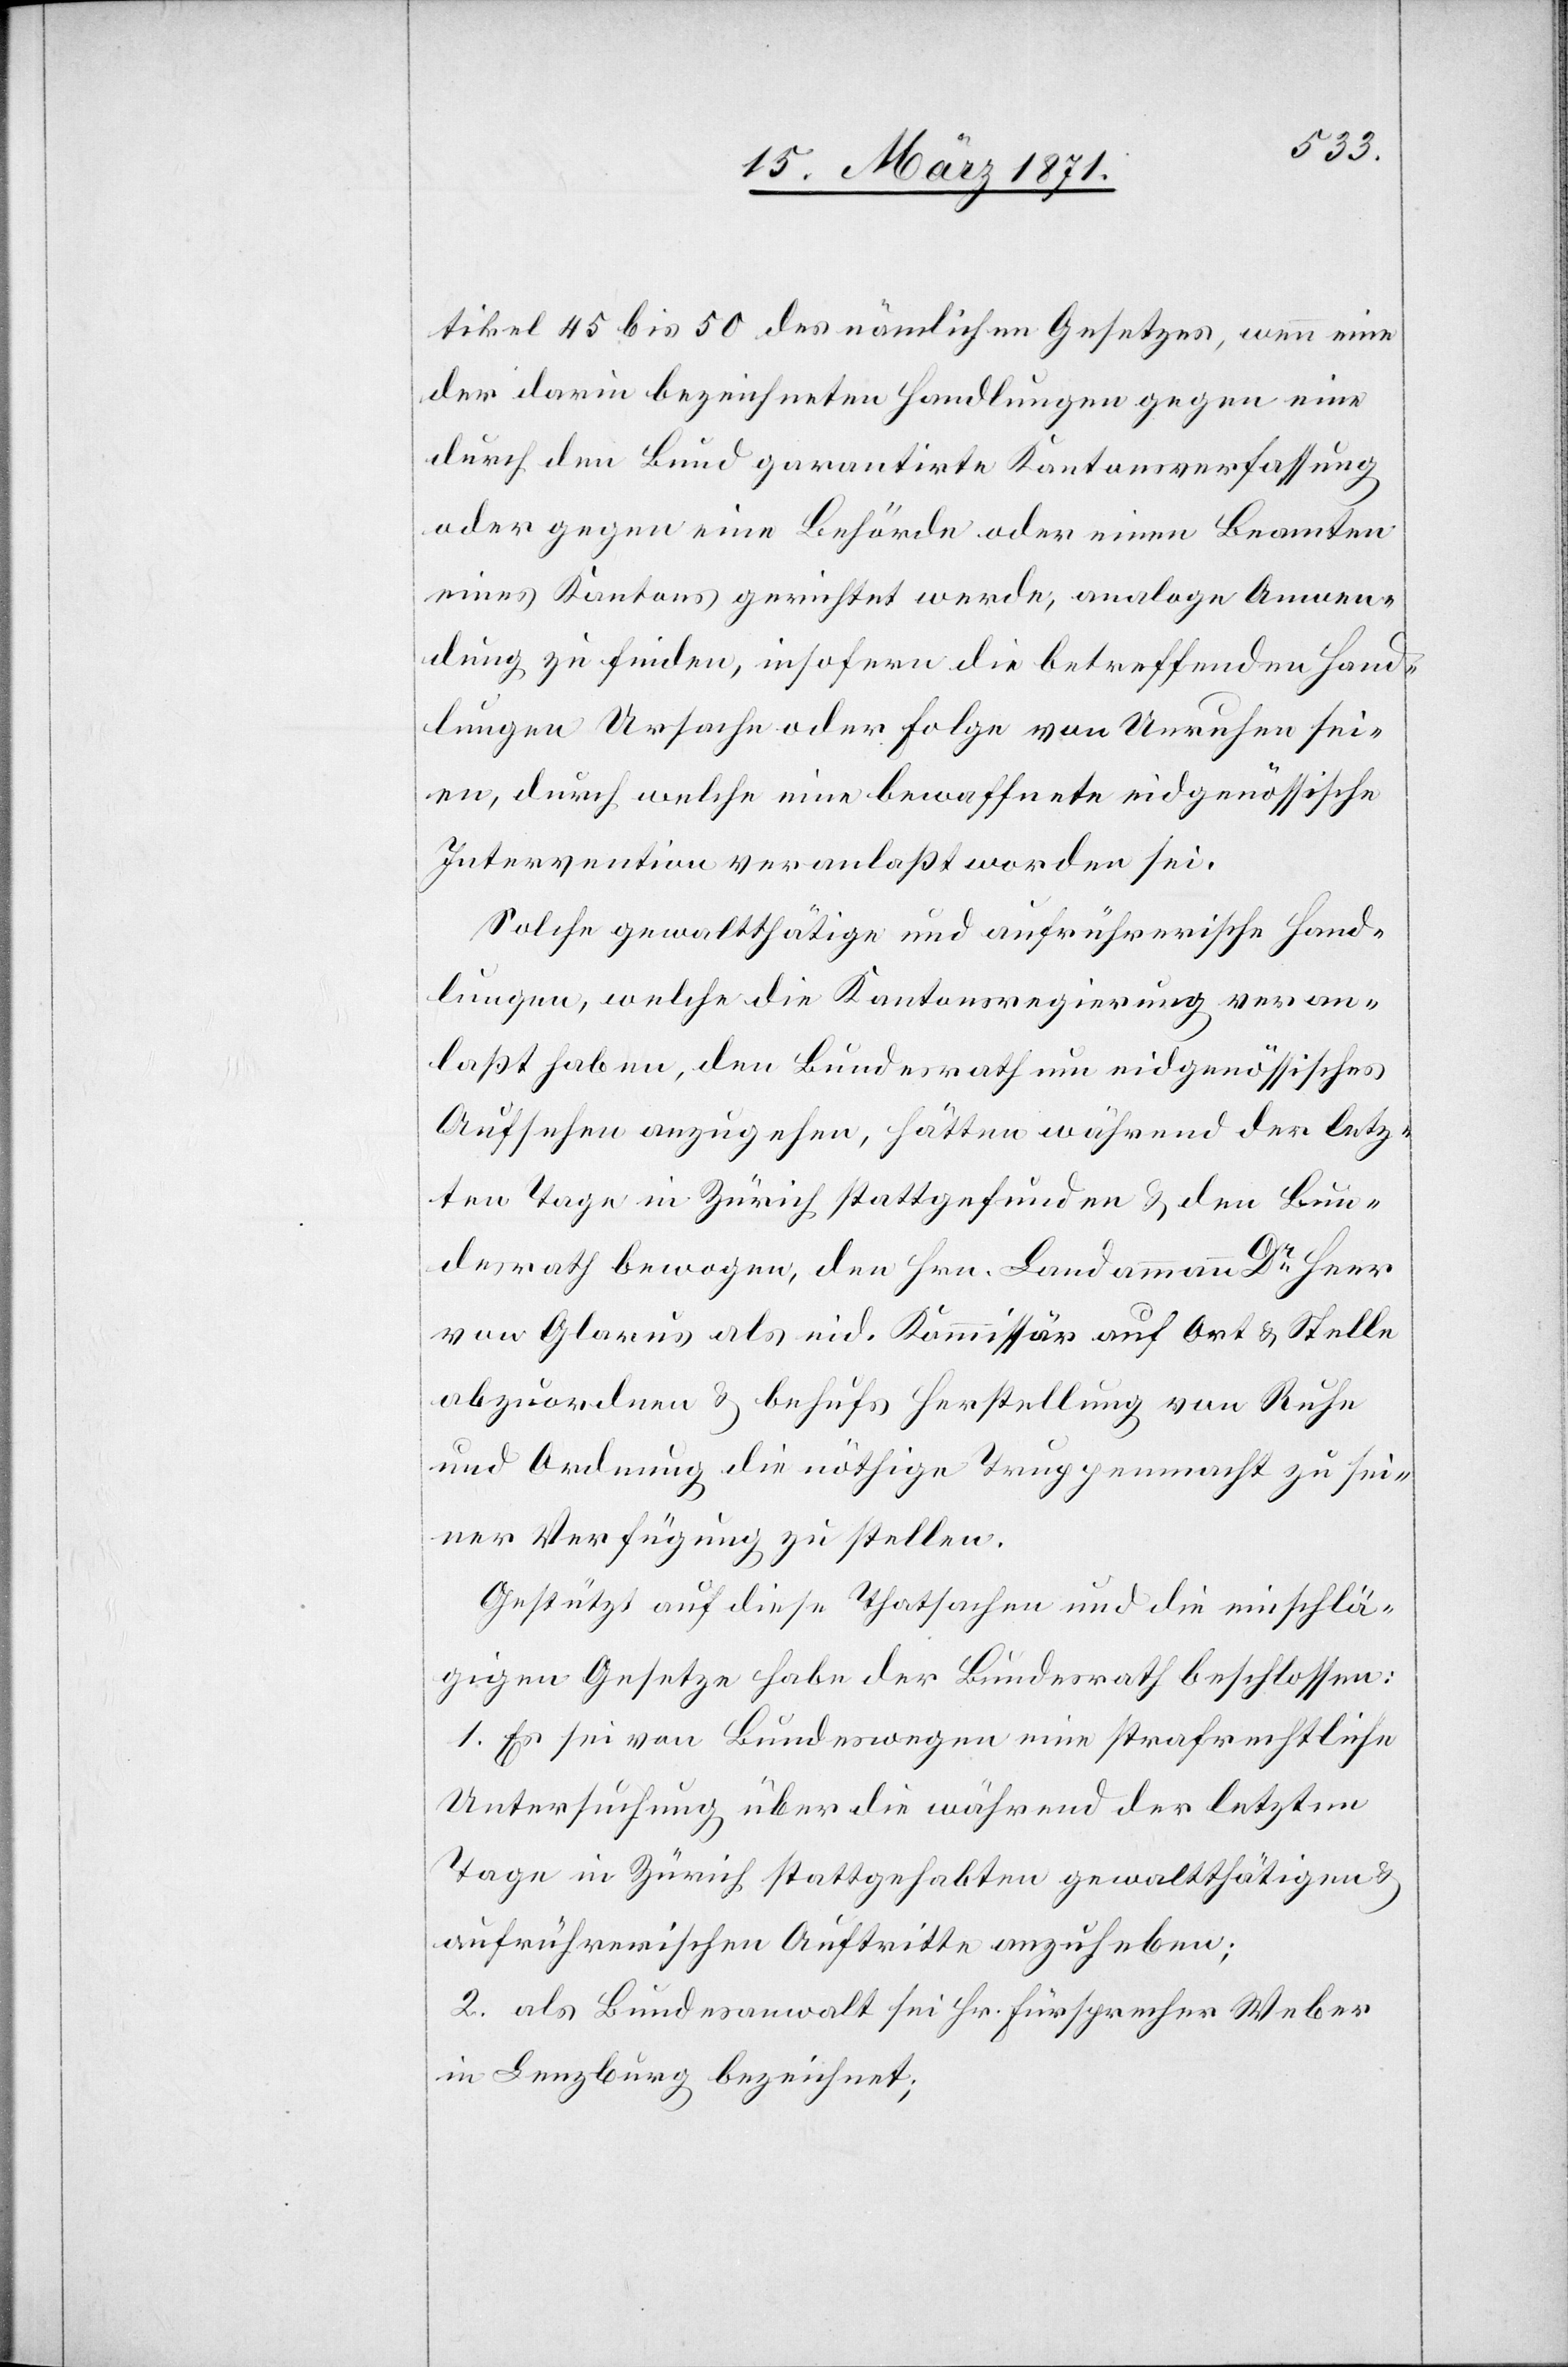
tikel 45 bis 50 des nämlichen Gesetzes, wenn eine
der darin bezeichneten Handlungen gegen eine
durch den Bund garantirte Kantonsverfassung
oder gegen eine Behörde oder einen Beamten
eines Kantons gerichtet werde, analoge Anwen¬
dung zu finden, insofern die betreffenden Hand¬
lungen Ursache oder Folge von Unruhen sei¬
en, durch welche eine bewaffnete eidgenössische
Intervention veranlaßt worden sei.
Solche gewaltthätige und aufrührerische Hand¬
lungen, welche die Kantonsregierung veran¬
laßt haben, den Bundesrath um eidgenössisches
Aufsehen anzugehen, hätten während der letz¬
ten Tage in Zürich stattgefunden u. den Bun¬
desrath bewogen, den Hrn. Landammann Dr. Heer
von Glarus als eid. Kommissär auf Ort u. Stelle
abzuordnen u. behufs Herstellung von Ruhe
und Ordnung die nöthige Truppenmacht zu sei¬
ner Verfügung zu stellen.
Gestützt auf diese Thatsachen und die einschlä¬
gigen Gesetze habe der Bundesrath beschlossen:
1. Es sei von Bundeswegen eine strafrechtliche
Untersuchung über die während der letzten
Tage in Zürich stattgehaben gewaltthätigen u.
aufrührerischen Auftritte anzuheben;
2. als Bundesanwalt sei Hr. Fürsprech Weber
in Lenzburg bezeichnet;